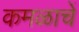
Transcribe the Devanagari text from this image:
कमळाचें